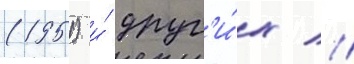
(1951) и́ друг'и́х //